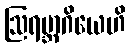
ဩရမ္ဘာဂိယေဟိ